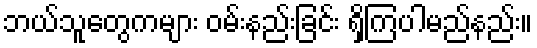
ဘယ်သူတွေကများ ဝမ်းနည်းခြင်း ရှိကြပါမည်နည်း။